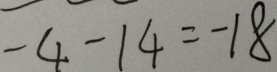
- 4 - 1 4 = - 1 8